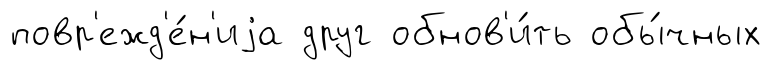
повр'ежд'е́н'иjа друг обнов'и́ть обы́чных